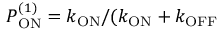
P _ { \mathrm { O N } } ^ { ( 1 ) } = k _ { \mathrm { O N } } / ( k _ { \mathrm { O N } } + k _ { \mathrm { O F F } }